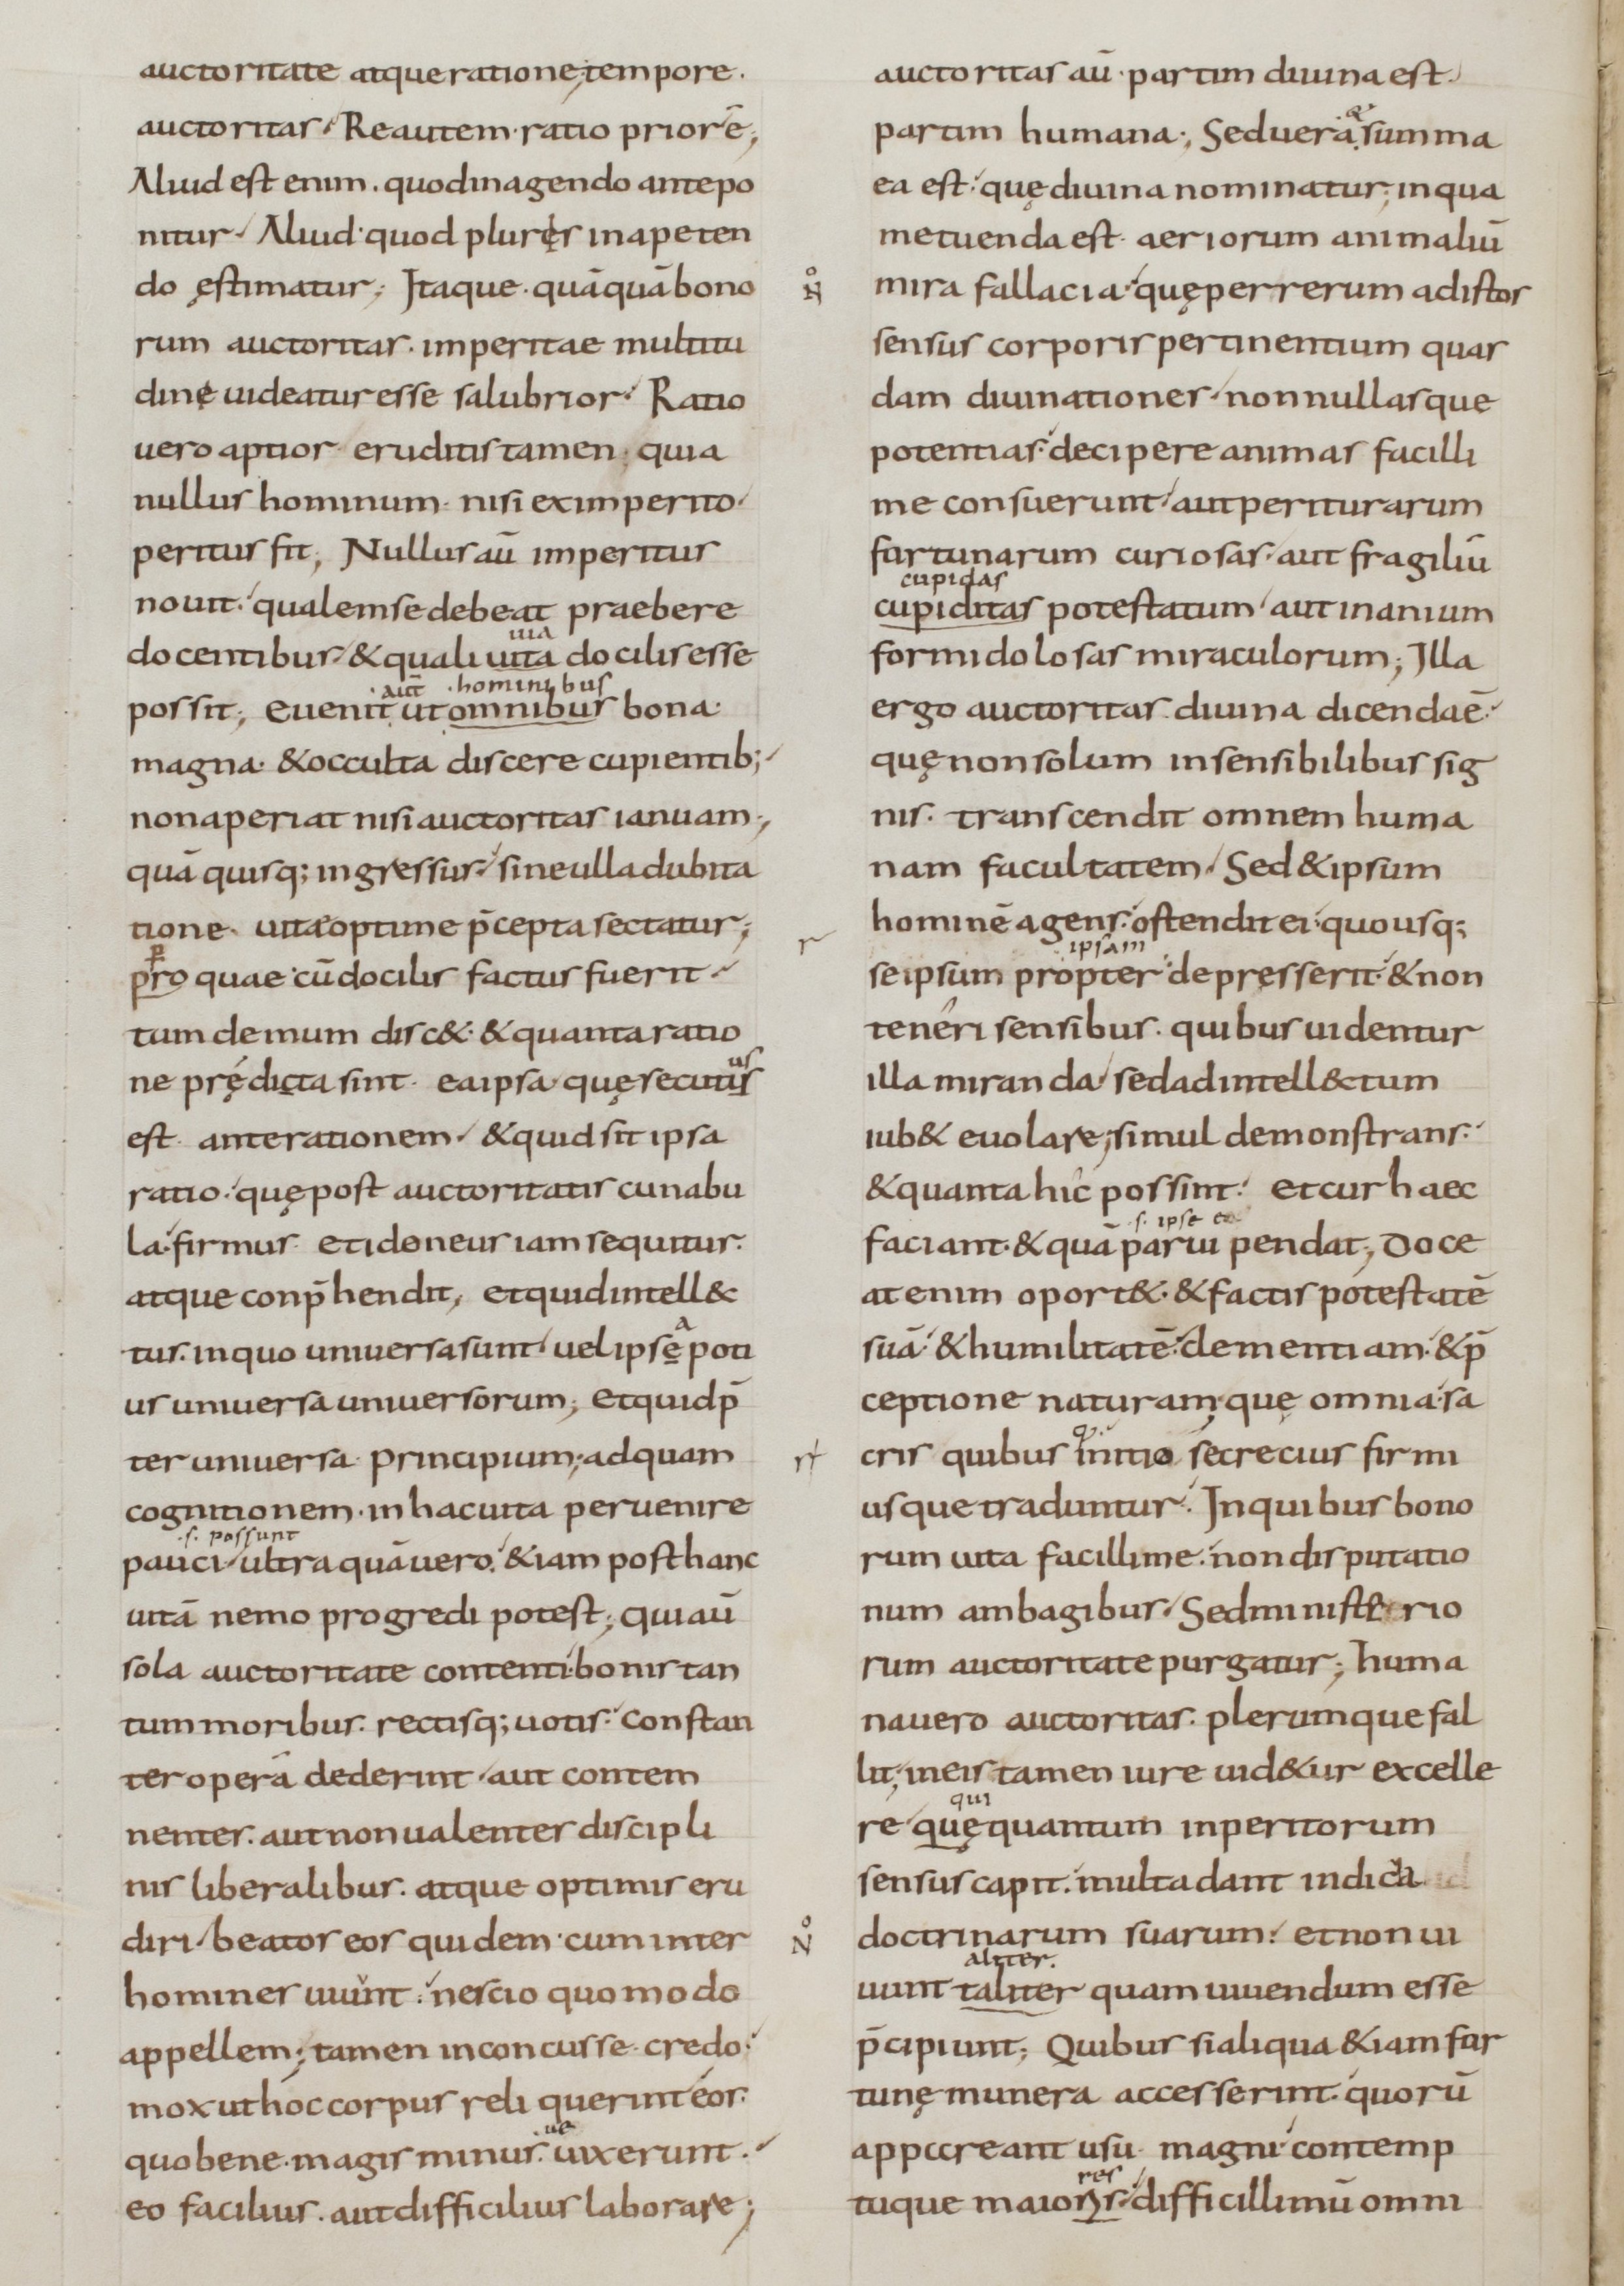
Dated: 800–899